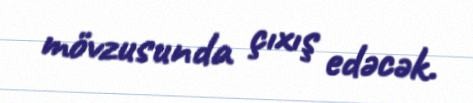
mövzusunda çıxış edəcək.